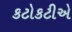
કટોકટીએ